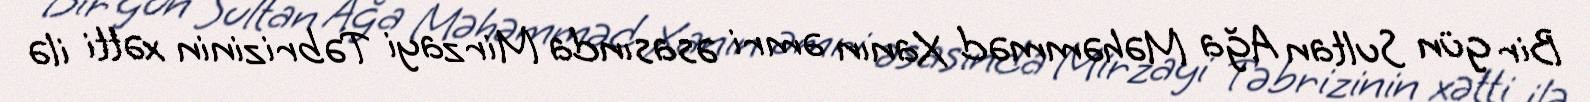
Bir gün Sultan Ağa Məhəmməd Xanın əmri əsasında Mirzayi Təbrizinin xətti ilə